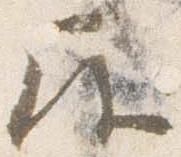
屋